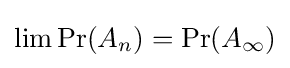
\lim \operatorname {Pr} (A_{n})=\operatorname {Pr} (A_{\infty })